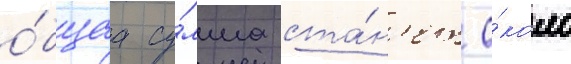
о́бщаа су́мма ста́н'ет о́коло